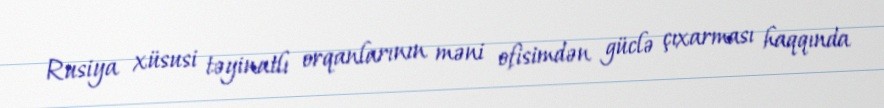
Rusiya xüsusi təyinatlı orqanlarının məni ofisimdən güclə çıxarması haqqında